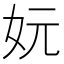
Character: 妧